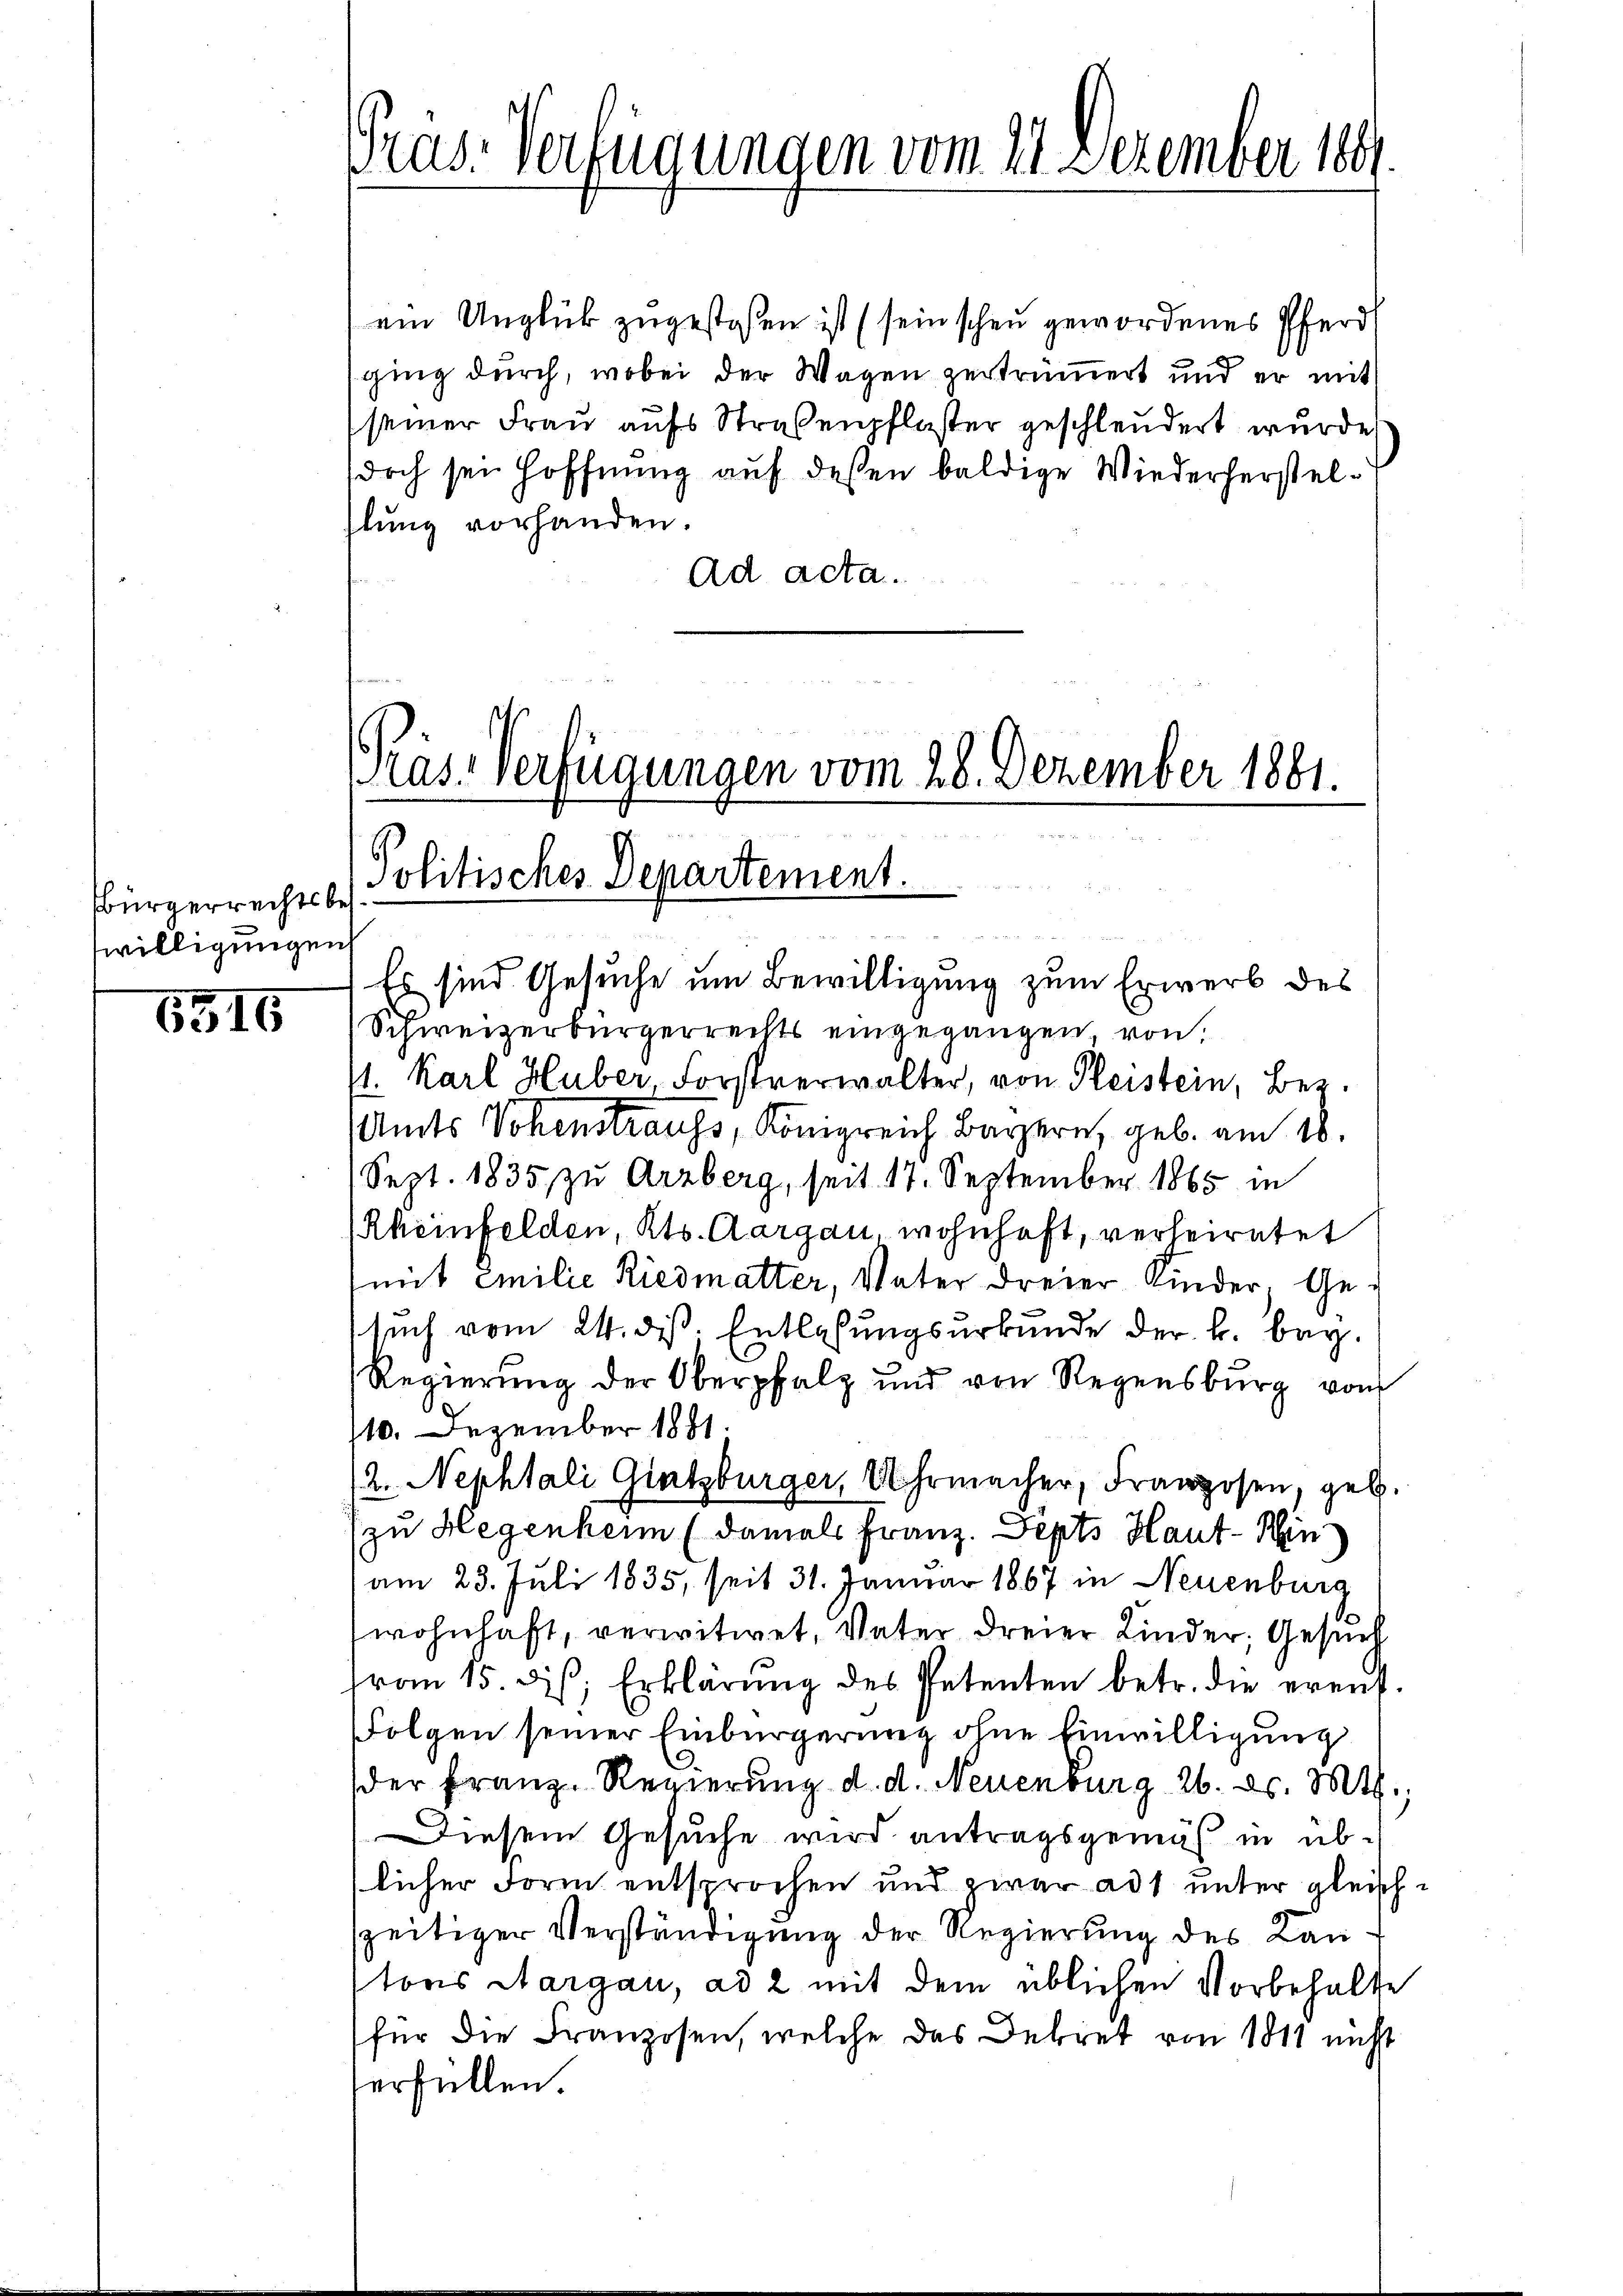
Bürgerrechtsbewilligungen

6316

Pras: Verfügungen vom 21 Dezember 1881

ein Unglück zugestoßen ist (sein schen gewordenes Pferd
ging durch, wobei der Wagen zertrümmert und er mit
seiner Frau aufs Straßenpflaster geschleudert wurde
doch sei Hoffnung auf dessen baldige Wiederherstelhlung vorhanden.
Ad acta.

Präs. Verfügungen vom 28. Dezember 1881.
Politisches Departement.

Es sind Gesuche um Bewilligung zum Erwerb des
Schweizerbürgerrechts eingegangen von
st. Karl Huber Forstverwalter, von Fleistein, Ber
Amts Vohenstraufs, Königreich Bayern, geb. am 18.
Sept. 1835 zu Arzberg, seit 17. September 1865 in
Rheinfelden, Kts. Aargau wohnhaft, verheiratet
mit Emilie Riedmatter, Vater dreier Kinder. Gesuch vom 24. ds. Entlassungsurkunde der B. bey.
Regierung der Oberpfalz und von Regensburg von
110. Dezember 1881.
2. Nephtali Gietsburger, Uhrmacher, Franzosen, geb.
zu Hegenheim (damals Franz. Septs Haut- Hin
am 23. Juli 1835, seit 31. Januar 1867 in Neuenburg
wohnhaft, verwitwet, Vater dreier Kinder, Gesuch
frau 15. ds. Erklärung des Petenten betr. die ereit¬
Folgen seiner Einbürgerung ohne Einwilligung
der Franz-Regierung d. d. Neuenburg, 26. ds. Mts.
Diesem Gesuche wird antragsgemäß in üblicher Form entsprochen und zwar ad unter gleichzeitiger Verständigung der Regierung des Kantons Aargau, ad 2 mit dem üblichen Vorbehalte
für die Franzosen, welche das Dekret von 1811 nicht
erfüllen.